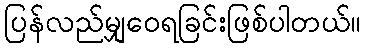
ပြန်လည်မျှဝေရခြင်းဖြစ်ပါတယ်။